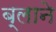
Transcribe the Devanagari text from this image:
ब्लाने